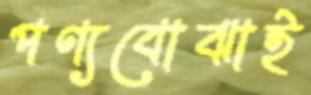
পণ্যবোঝাই